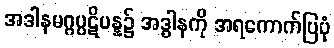
အဒါနမဂ္ဂပ္ပဋိပန္န၌ အဒ္ဓါနကို အရကောက်ပြပုံ